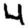
Digit: 4